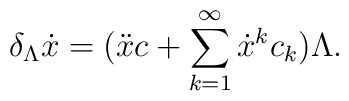
\delta_{\Lambda}\dot{x}=(\ddot{x} c +\sum_{k=1}^{\infty}\dot{x}^{k} c_{k})\Lambda .